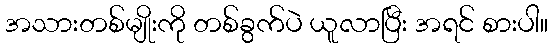
အသားတစ်မျိုးကို တစ်ခွက်ပဲ ယူလာပြီး အရင် စားပါ။